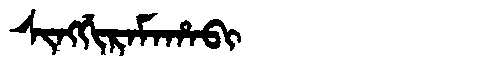
Manchu: ᠰᡳᠩᡤᡳᡵᠠᠮᠠᡥᠠᠪᡳ
Romanization: SINGGIRAMAHABI